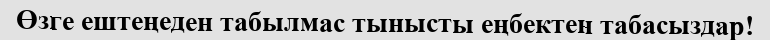
Өзге ештеңеден табылмас тынысты еңбектен табасыздар!